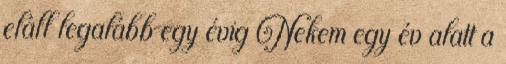
eláll legalább egy évig Nekem egy év alatt a